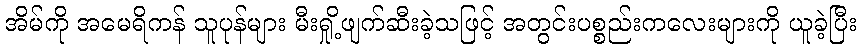
အိမ်ကို အမေရိကန် သူပုန်များ မီးရှို့ဖျက်ဆီးခဲ့သဖြင့် အတွင်းပစ္စည်းကလေးများကို ယူခဲ့ပြီး